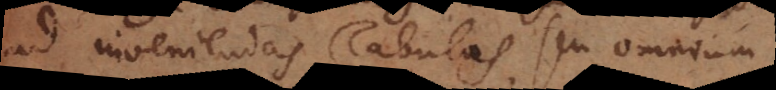
ad inveniendas Tabulas seu omnium